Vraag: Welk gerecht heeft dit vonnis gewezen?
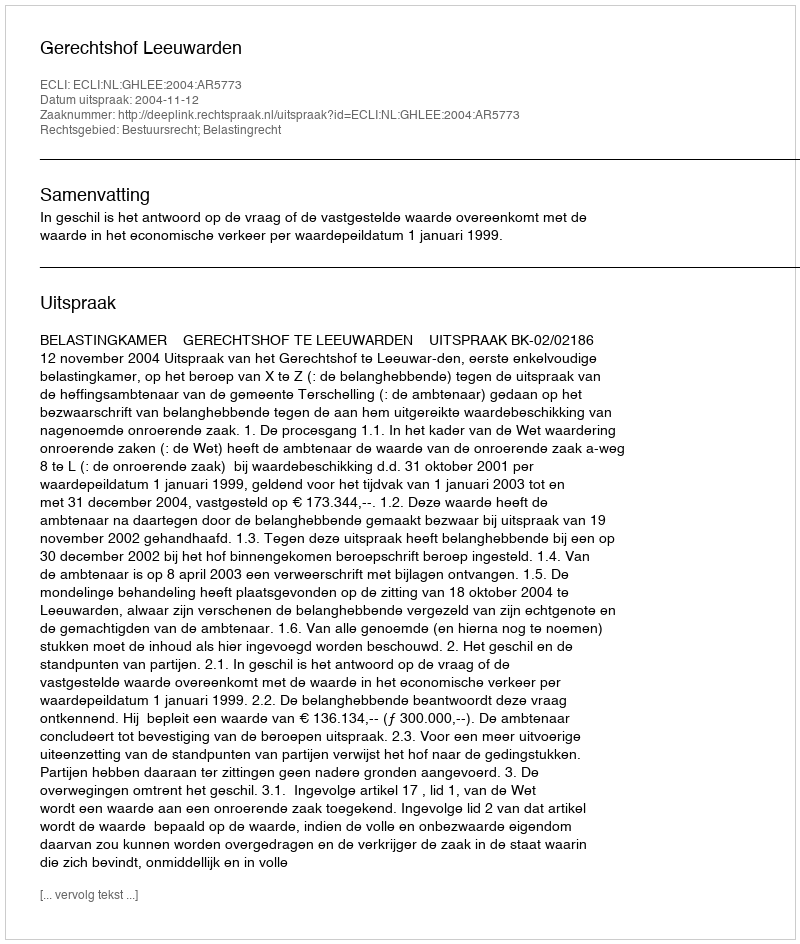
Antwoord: Gerechtshof Leeuwarden